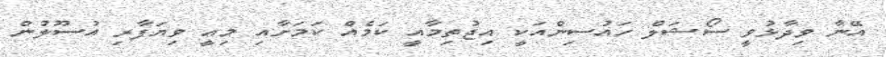
އޭނާ ވިދާޅުވީ ސޯޝަލް ހައުސިންއަކީ އިޖުތިމާއީ ކަމެއް ކަމަށާއި މިއީ ވިޔަފާރި އުސޫލުން